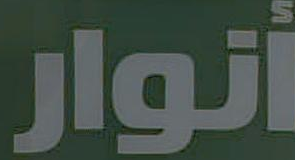
أنوار